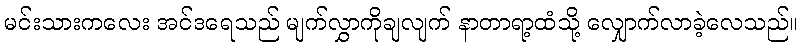
မင်းသားကလေး အင်ဒရေသည် မျက်လွှာကိုချလျက် နာတာရာ့ထံသို့ လျှောက်လာခဲ့လေသည်။